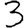
Digit: 3